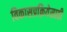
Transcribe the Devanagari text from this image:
विकासप्रक्रियेसाठी